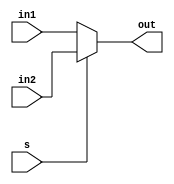
module MUX_21_4bit(in1, in2, s, out);
    input [3:0] in1, in2;
    input s;
    output wire [3:0] out;
    assign out = s ? in2 : in1;
endmodule